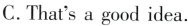
C.That'sa good idea.